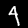
Label: 4